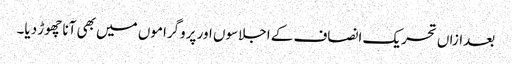
بعدازاں تحریک انصاف کے اجلاسوں اور پروگراموں میں بھی آنا چھوڑ دیا۔